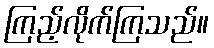
ကြည့်လိုက်ကြသည်။